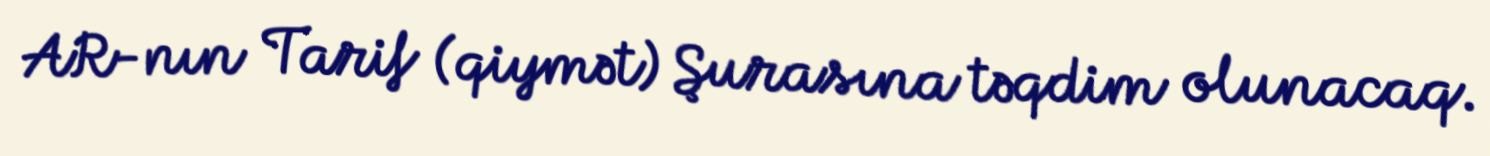
AR-nın Tarif (qiymət) Şurasına təqdim olunacaq.